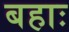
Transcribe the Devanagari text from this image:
बहाः